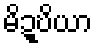
မိဍ္ဎိယာ